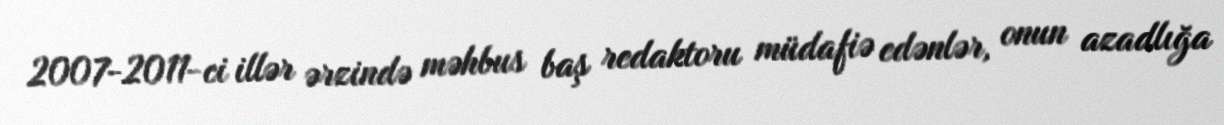
2007-2011-ci illər ərzində məhbus baş redaktoru müdafiə edənlər, onun azadlığa